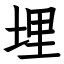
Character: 埋